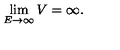
\lim _ { E \to \infty } V = \infty .